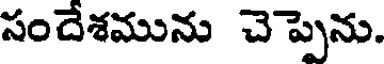
సందేశమును చెప్పెను.